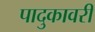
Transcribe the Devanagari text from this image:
पादुकावरी